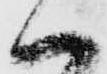
ハ